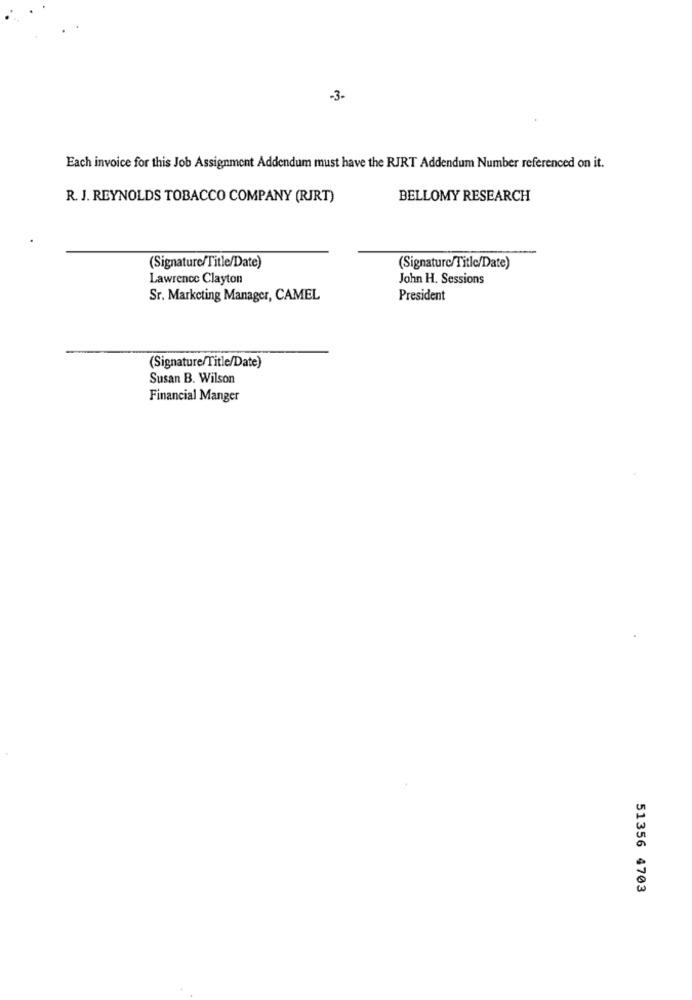
-3-
Each invoice for this Job Assignment Addendum must have the RJRT Addendum Number referenced on it.
R. J. REYNOLDS TOBACCO COMPANY (RJRT)
BELLOMY RESEARCH
(Signature/Title/Date)
(Signaturc/Title/Date)
Lawrence Clayton
John H. Sessions
Sr. Marketing Manager, CAMEL
President
(Signature/Title/Date)
Susan B. Wilson
Financial Manger
51356 4703